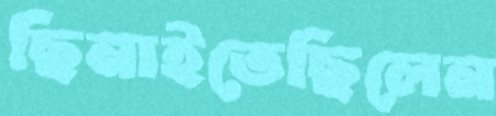
ছিনাইতেছিলেন